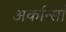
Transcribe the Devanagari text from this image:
अर्कान्साँ